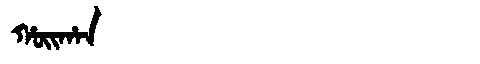
Manchu: ᡥᠣᡳᡥᠠᠨ
Romanization: HOIHAN